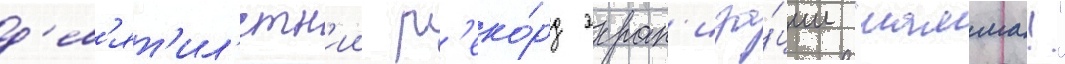
д'ев'ят'ил'етн'ии р'еко́рд экран'иза́ции "мамма!"